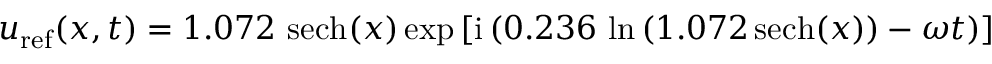
u _ { \mathrm { r e f } } ( x , t ) = 1 . 0 7 2 \ \mathrm { s e c h } ( x ) \exp \left[ \mathrm { i } \left( 0 . 2 3 6 \, \ln \left( 1 . 0 7 2 \, \mathrm { s e c h } ( x ) \right) - \omega t \right) \right]